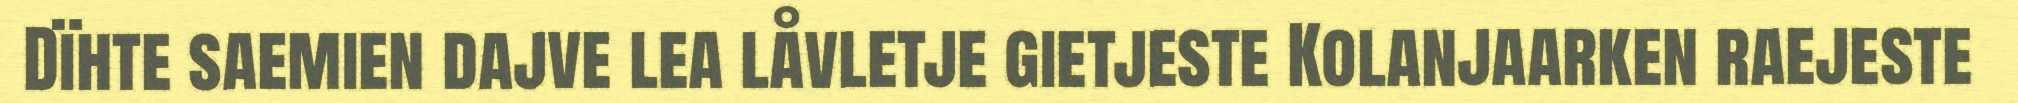
Dïhte saemien dajve lea låvletje gietjeste Kolanjaarken raejeste